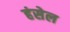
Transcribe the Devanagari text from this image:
हंसेल